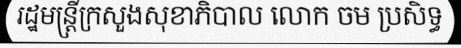
រដ្ឋមន្ត្រីក្រសួងសុខាភិបាល លោក ចម ប្រសិទ្ធ